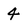
Character: 4